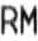
RM